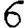
Digit: 6